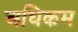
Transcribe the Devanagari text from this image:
अधिकम